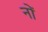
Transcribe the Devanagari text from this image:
नों